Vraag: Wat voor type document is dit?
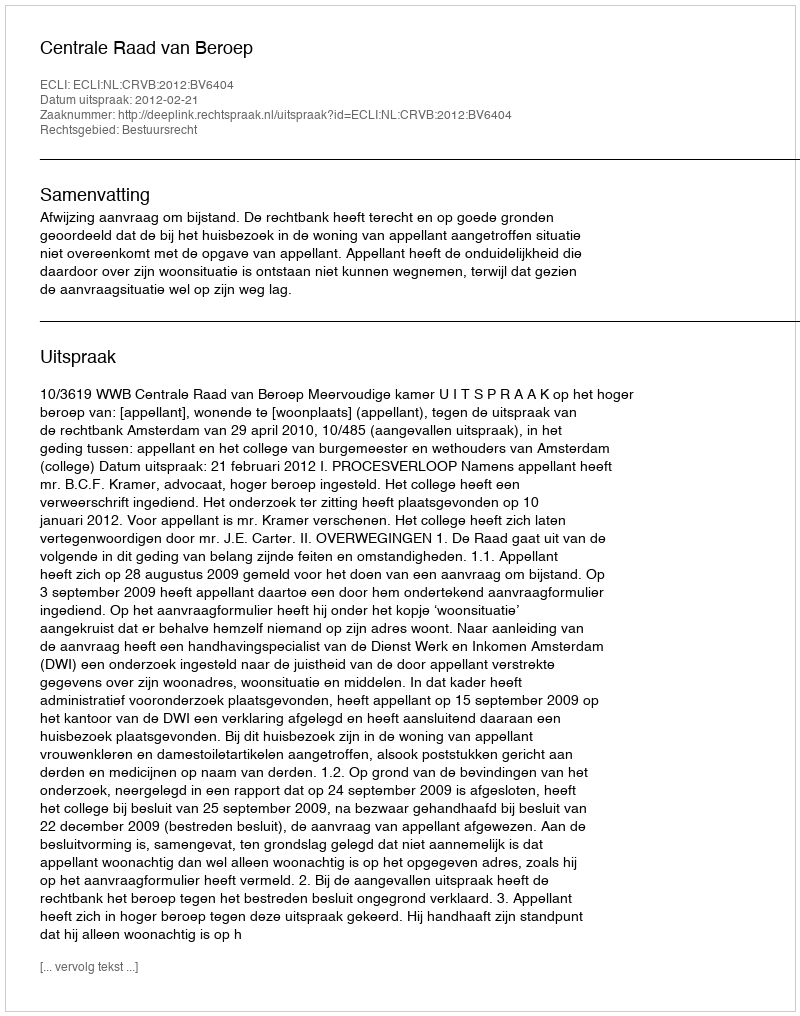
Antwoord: Uitspraak